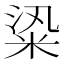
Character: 𥹦